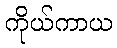
ကိုယ်ကာယ